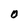
Character: O